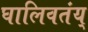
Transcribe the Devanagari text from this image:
घालिवतंय्